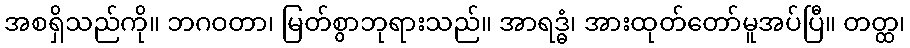
အစရှိသည်ကို။ ဘဂဝတာ၊ မြတ်စွာဘုရားသည်။ အာရဒ္ဓံ၊ အားထုတ်တော်မူအပ်ပြီ။ တတ္ထ၊